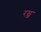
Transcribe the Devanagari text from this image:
रम्ज